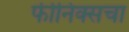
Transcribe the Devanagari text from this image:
फीनिक्सचा